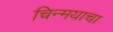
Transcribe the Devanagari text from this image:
चिन्मयाचा